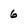
Character: 6